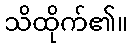
သိထိုက်၏။